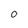
Character: 0